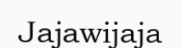
Jajawijaja